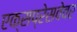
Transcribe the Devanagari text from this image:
एक्सप्रेसवेवर